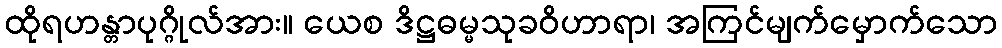
ထိုရဟန္တာပုဂ္ဂိုလ်အား။ ယေစ ဒိဋ္ဌဓမ္မသုခဝိဟာရာ၊ အကြင်မျက်မှောက်သော